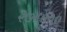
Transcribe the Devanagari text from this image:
२७८०००